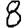
Digit: 8